Medical and sanitary report of the native army of Bengal for the year
Year: 1875
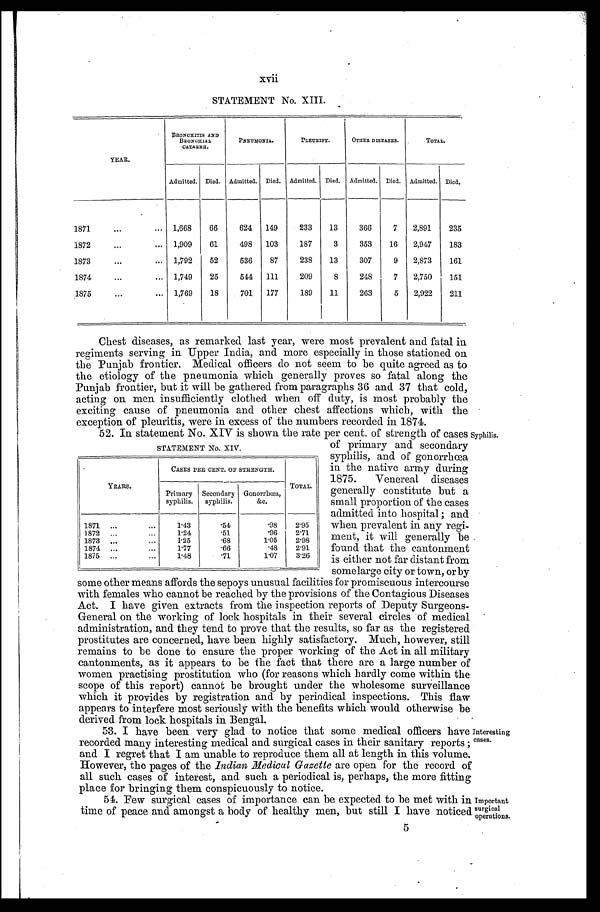
xvii
STATEMENT No. XIII.
YEAR.
BRONCHITIS AND
BRONCHIAL
CATARRH.
PNEUMONIA.
PLEURISY.
OTHER DISEASES.
TOTAL.
Admitted. Died. Admitted. Died. Admitted. Died. Admitted. Died. Admitted. Died.
1871 . . . 1,668
66
624
149
233
13
366
7
2,891
235
1872 . . . 1,909
61
498
103
187
3
353
16
2,947
183
1873 . . . 1,792
52
536
87
238
13
307
9
2,873
161
1874 . . . 1,749
25
544
111
209
8
248
7
2,750
151
1875 . . . 1,769
18
701
177
189
11
263
5
2,922
211
Chest diseases, as remarked last year, were most prevalent and fatal in
regiments serving in Upper India, and more especially in those stationed on
the Punjab frontier. Medical officers do not seem to be quite agreed as to
the etiology of the pneumonia which generally proves so fatal along the
Punjab frontier, but it will be gathered from paragraphs 36 and 37 that cold,
acting on men insufficiently clothed when off duty, is most probably the
exciting cause of pneumonia and other chest affections which, with the
exception of pleuritis, were in excess of the numbers recorded in 1874.
52. In statement No. XIV is shown the rate per cent. of strength of cases
of primary and secondary
syphilis, and of gonorrhœa
in the native army during
1875. Venereal diseases
generally constitute but a
small proportion of the cases
admitted into hospital; and
when prevalent in any regi
-ment, it will generally be
found that the cantonment
is either not far distant from
somelarge city or town, or by
some other means affords the sepoys unusual facilities for promiscuous intercourse
with females who cannot be reached by the provisions of the Contagious Diseases
Act. I have given extracts from the inspection reports of Deputy Surgeons
-General on the working of lock hospitals in their several circles of medical
administration, and they tend to prove that the results, so far as the registered
prostitutes are concerned, have been highly satisfactory. Much, however, still
remains to be done to ensure the proper working of the Act in. all military
cantonments, as it appears to be the fact that there are a large number of
women practising prostitution who (for reasons which hardly come within the
scope of this report) cannot be brought under the wholesome surveillance
which it provides by registration and by periodical inspections. This flaw
appears to interfere most seriously with the benefits which would otherwise be
derived from lock hospitals in Bengal.
STATEMENT No. XIV.
YEARS.
CASES PER CENT. OF STRENGTH.
TOTAL.
Primary
syphilis.
Secondary
syphilis.
Gonorrhœa,
&c.
1871 . . .
1.43
.54
.98
2.95
1872 . . .
1.24
.51
.96
2.71
1873 . . .
1.25
.68
1.05
2.98
1874 . . .
1.77
.66
.48
2.91
1875 . . .
1.48
.71
1.07
3.26
Syphilis.
53. I have been very glad to notice that some medical officers have
recorded many interesting medical and surgical cases in their sanitary reports;
and I regret that I am unable to reproduce them all at length in this volume.
However, the pages of the Indian Medical Gazette are open for the record of
all such cases of interest, and such a periodical is, perhaps, the more fitting
place for bringing them conspicuously to notice.
54. Few surgical cases of importance can be expected to be met with in
time of peace and amongst a body of healthy men, but still I have noticed
Interesting
cases.
Important
surgical
operations.
5